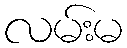
လမ်းမ